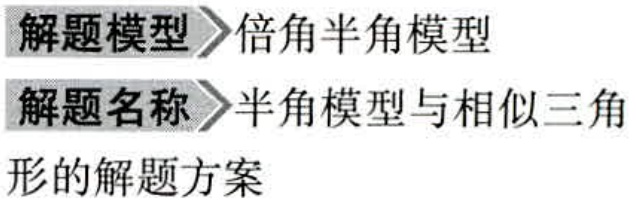
解题模型$\to$倍角半角模型
解题名称$\to$半角模型与相似三角
形的解题方案